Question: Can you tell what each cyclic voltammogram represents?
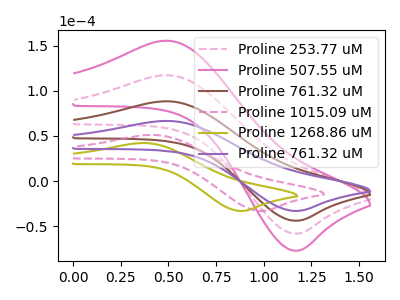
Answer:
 <answer>The pink dashed curve is labeled "Proline 253.77 uM". The pink curve is labeled "Proline 507.55 uM". The brown curve is labeled "Proline 761.32 uM". The pink dashed curve is labeled "Proline 1015.09 uM". The olive curve is labeled "Proline 1268.86 uM". The purple curve is labeled "Proline 761.32 uM".</answer>
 <eval></eval>